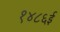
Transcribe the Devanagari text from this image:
१४८६ई